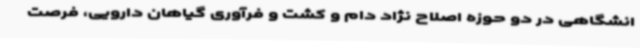
انشگاهی در دو حوزه اصلاح نژاد دام و کشت و فرآوری گیاهان دارویی، فرصت